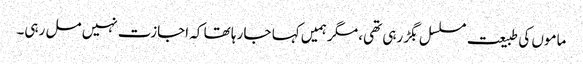
ماموں کی طبیعت مسلسل بگڑ رہی تھی، مگر ہمیں کہا جا رہا تھا کہ اجازت نہیں مل رہی۔